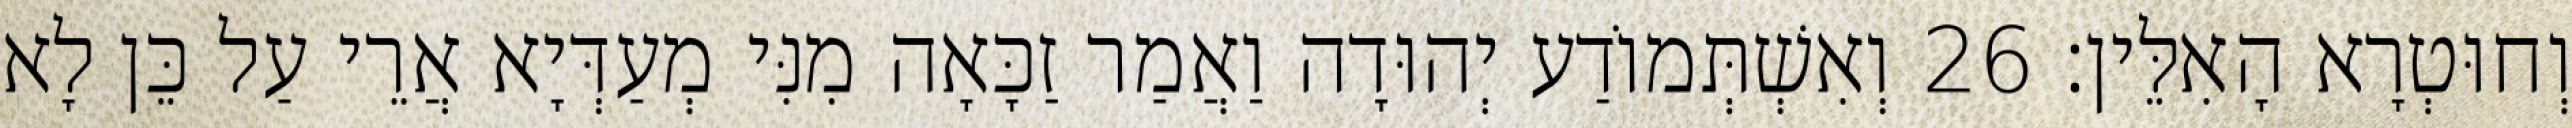
וְחוּטְרָא הָאִלֵּין׃ 26 וְאִשְׁתְּמוֹדַע יְהוּדָה וַאֲמַר זַכָּאָה מִנִּי מְעַדְּיָא אֲרֵי עַל כֵּן לָא